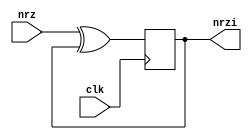
module nrzi_encode (
	input clk,
	input nrz,
	output reg nrzi
);

	reg nrzi_next;
	initial nrzi = 1;

	always @(*)
		nrzi_next = nrz ^ nrzi;

	always @(posedge clk)
		nrzi <= nrzi_next;

endmodule